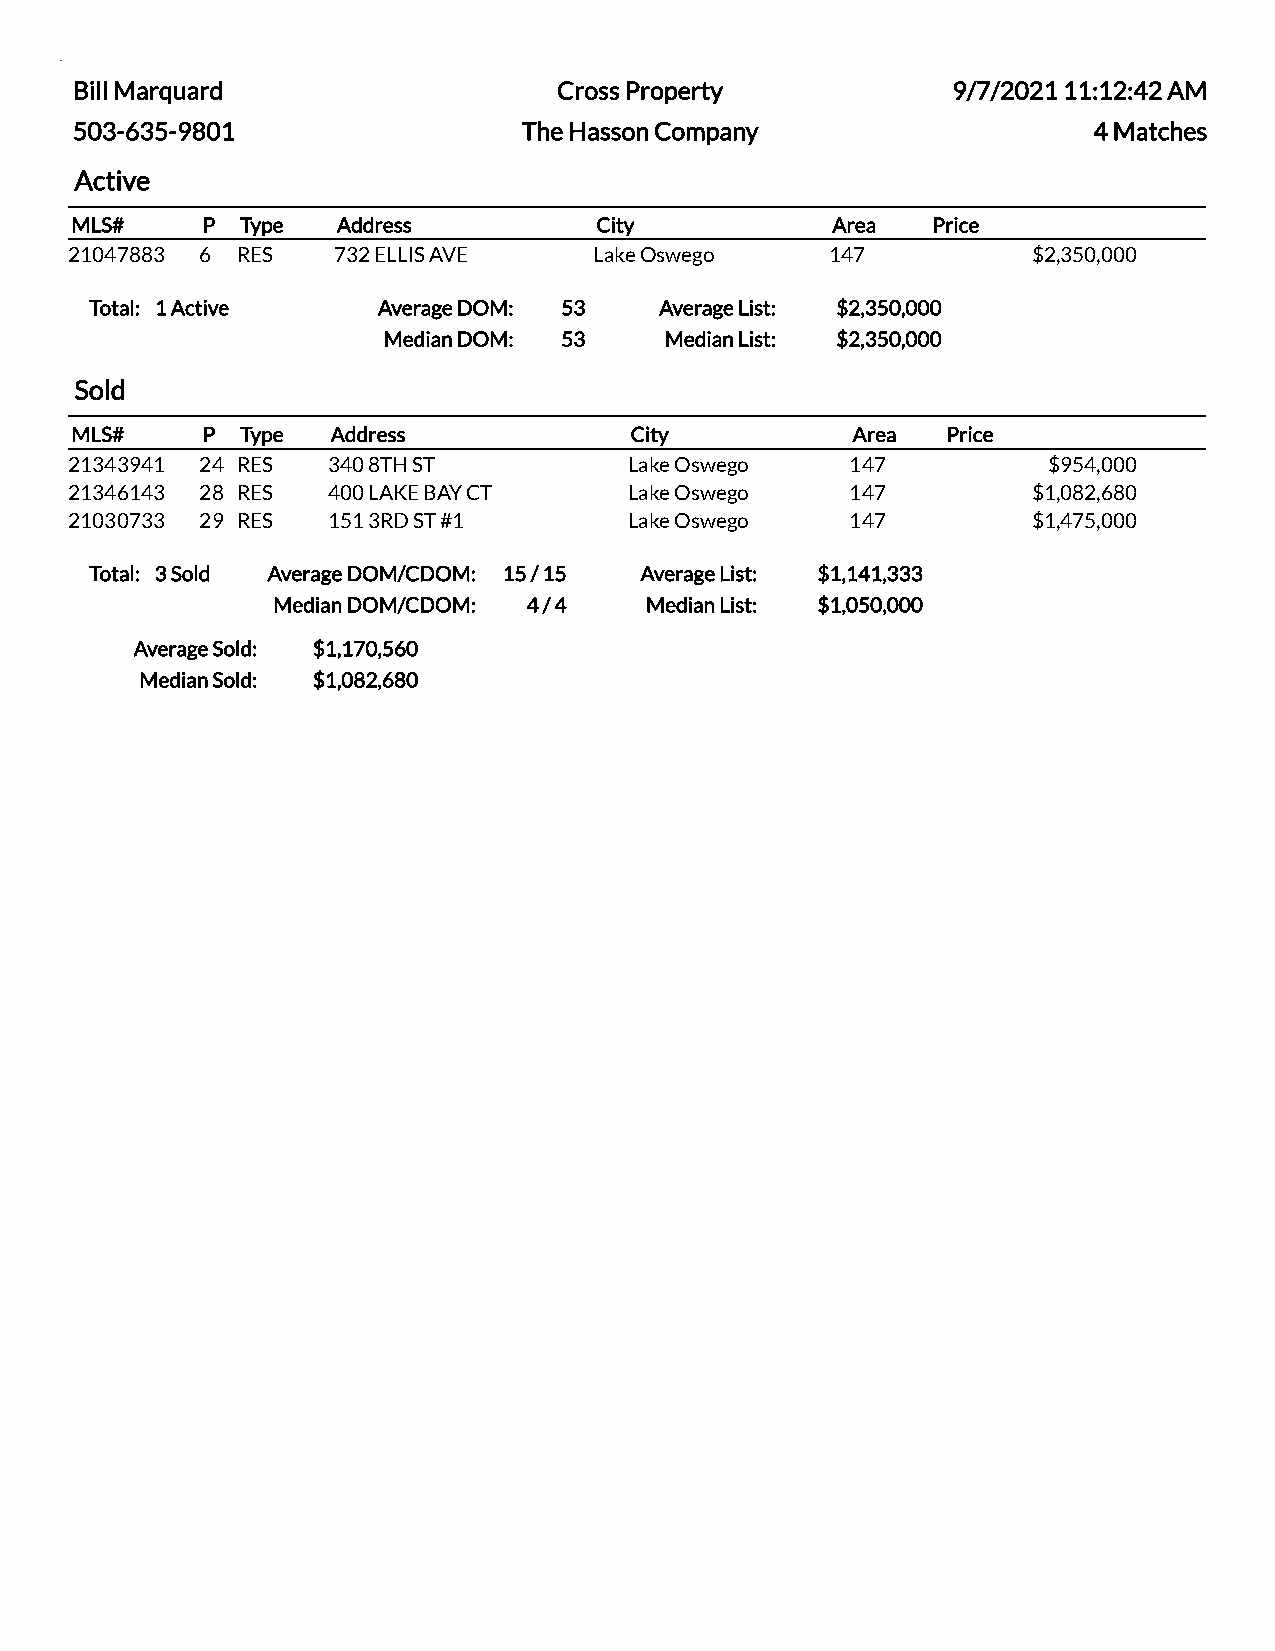
Bill Marquard                   Cross Property            9/7/2021 11:12:42 AM
 503-635-9801                  The Hasson Company                   4 Matches
 Active
 MLS#    P  Type  Address          City            Area   Price
 21047883 6 RES   732 ELLIS AVE    Lake Oswego     147          $2,350,000
 Total: 1 Active    Average DOM: 53    Average List: $2,350,000
 Median DOM: 53     Median List: $2,350,000
 Sold
 MLS#    P  Type  Address             City          Area   Price
 21343941 24 RES  340 8TH ST          Lake Oswego   147          $954,000
 21346143 28 RES  400 LAKE BAY CT     Lake Oswego   147         $1,082,680
 21030733 29 RES  151 3RD ST #1       Lake Oswego   147         $1,475,000
 Total: 3 Sold Average DOM/CDOM: 15 / 15 Average List: $1,141,333
 Median DOM/CDOM: 4 / 4   Median List: $1,050,000
 Average Sold: $1,170,560
 Median Sold: $1,082,680